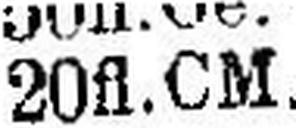
20fl.CM